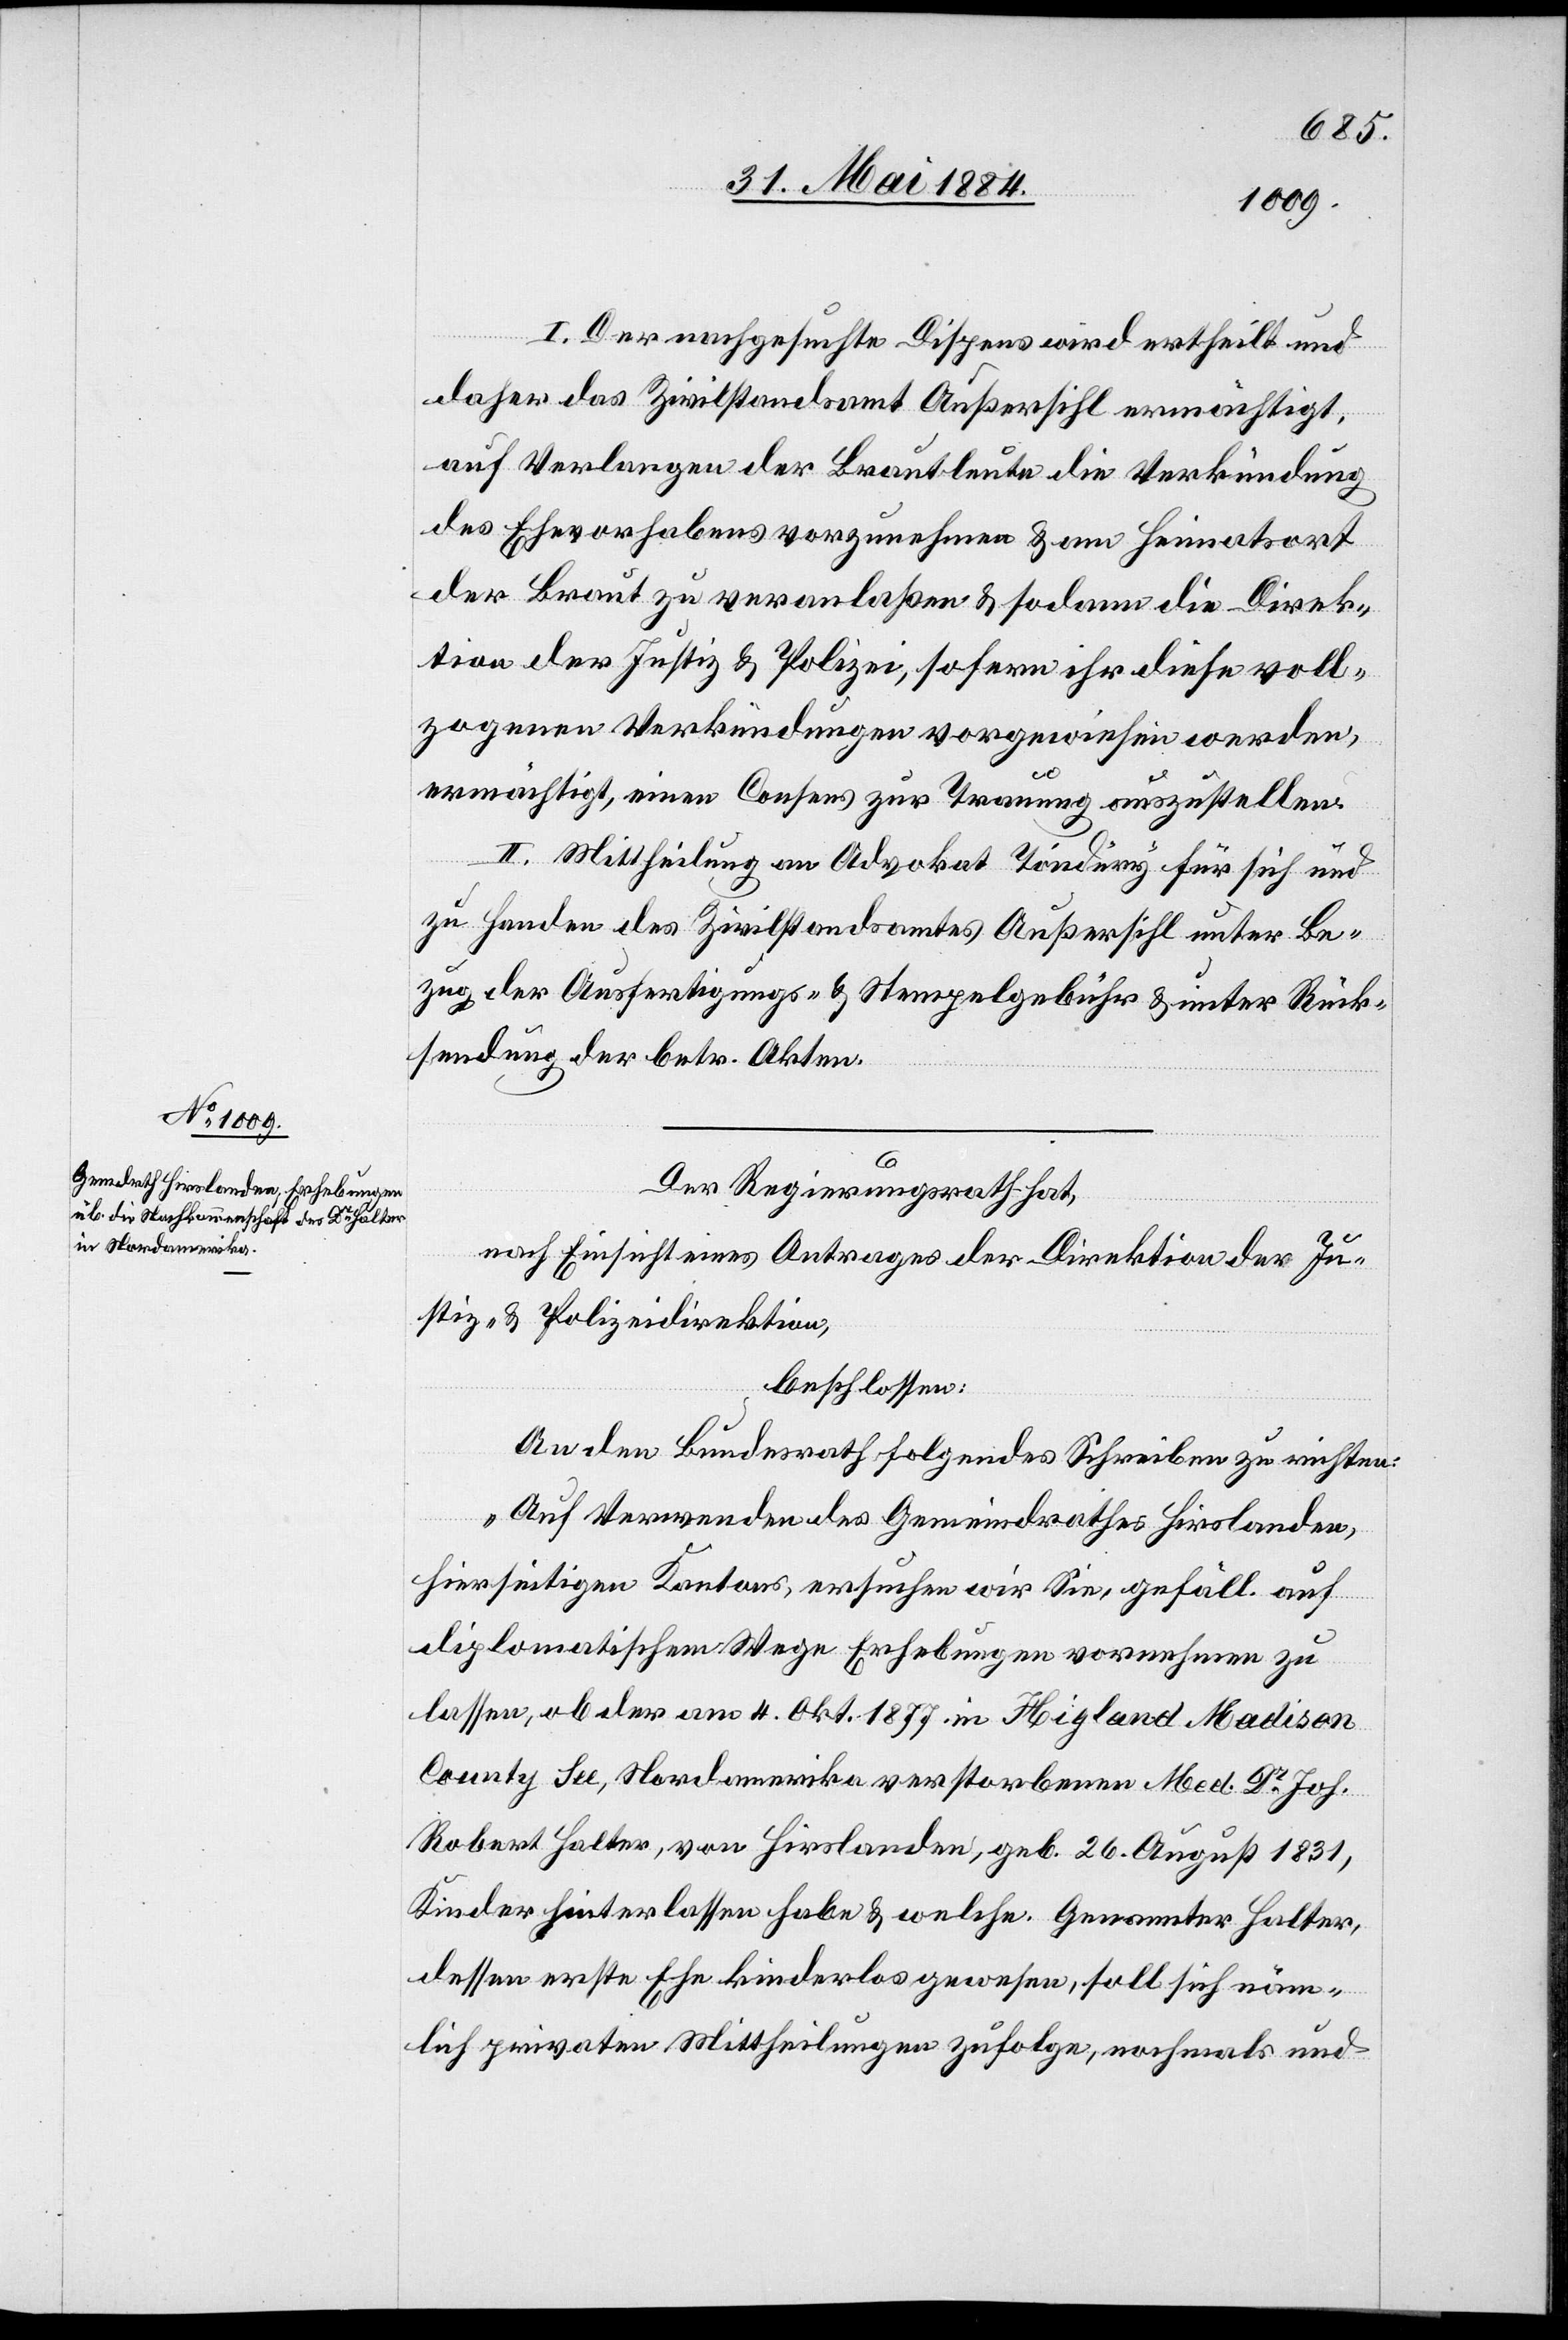
I. Der nachgesuchte Dispens wird ertheilt und
daher das Zivilstandsamt Außersihl ermächtigt,
auf Verlangen der Brauleute die Verkündung
des Ehevorhabens vorzunehmen & am Heimatsort
der Braut zu veranlaßen & sodann die Direk¬
tion der Justiz & Polizei, sofern ihr diese voll¬
zogenen Verkündungen vorgewiesen werden,
ermächtigt, einen Consens zur Trauung auszustellen.
II. Mittheilung an Advokat Töndury für sich und
zu Handen des Zivilstandsamtes Außersihl unter Be¬
zug der Ausfertigungs- & Stempelgebühr & unter Rück¬
sendung der betr. Akten.
Der Regierungsrath hat,
nach Einsicht eines Antrages der Direktion der Ju¬
stiz- & Polizeidirektion,
beschlossen:
An den Bundesrath folgendes Schreiben zu richten:
„Auf Verwenden des Gemeindrathes Hirslanden,
hierseitigen Kantons, ersuchen wir Sie, gefäll. auf
diplomatischem Wege Erhebungen vornehmen zu
lassen, ob der am 4. Okt. 1877 in Hig[h]land Madison
County See, Nordamerika verstorbenen Med. Dr Joh.
Robert Halter, von Hirslanden, geb. 26. August 1831,
Kinder hinterlassen habe & welche Genannter Halter,
dessen erste ehe kinderlos gewesen, soll sich näm¬
lich privaten Mittheilungen zufolge, nochmals und